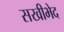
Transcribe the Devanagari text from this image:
सखीभेद